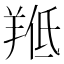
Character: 𱻍